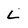
Character: l